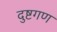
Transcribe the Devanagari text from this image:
दुष्टगण